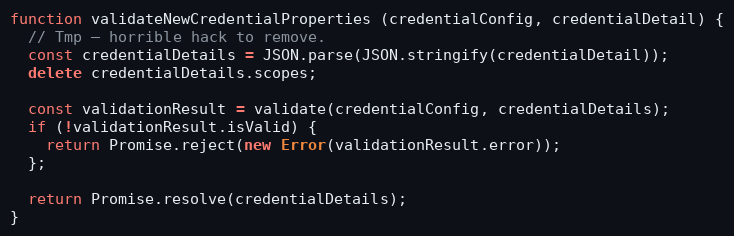
Language: JavaScript
function validateNewCredentialProperties (credentialConfig, credentialDetail) {
  // Tmp — horrible hack to remove.
  const credentialDetails = JSON.parse(JSON.stringify(credentialDetail));
  delete credentialDetails.scopes;

  const validationResult = validate(credentialConfig, credentialDetails);
  if (!validationResult.isValid) {
    return Promise.reject(new Error(validationResult.error));
  };

  return Promise.resolve(credentialDetails);
}